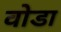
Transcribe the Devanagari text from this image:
वोडा